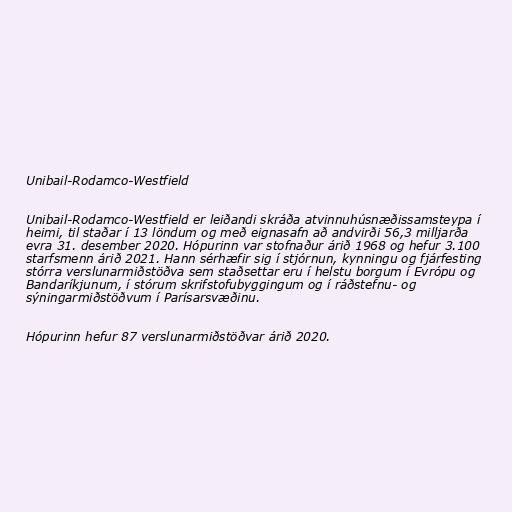
Unibail-Rodamco-Westfield

Unibail-Rodamco-Westfield er leiðandi skráða atvinnuhúsnæðissamsteypa í
heimi, til staðar í 13 löndum og með eignasafn að andvirði 56,3 milljarða
evra 31. desember 2020. Hópurinn var stofnaður árið 1968 og hefur 3.100
starfsmenn árið 2021. Hann sérhæfir sig í stjórnun, kynningu og fjárfesting
stórra verslunarmiðstöðva sem staðsettar eru í helstu borgum í Evrópu og
Bandaríkjunum, í stórum skrifstofubyggingum og í ráðstefnu- og
sýningarmiðstöðvum í Parísarsvæðinu.

Hópurinn hefur 87 verslunarmiðstöðvar árið 2020.